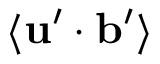
\langle \mathbf { u } ^ { \prime } \cdot \mathbf { b } ^ { \prime } \rangle